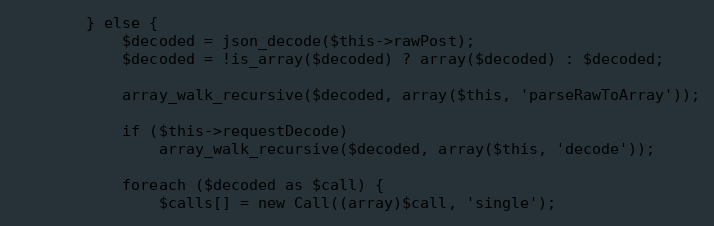
Language: PHP
        } else {
            $decoded = json_decode($this->rawPost);
            $decoded = !is_array($decoded) ? array($decoded) : $decoded;

            array_walk_recursive($decoded, array($this, 'parseRawToArray'));

            if ($this->requestDecode)
                array_walk_recursive($decoded, array($this, 'decode'));

            foreach ($decoded as $call) {
                $calls[] = new Call((array)$call, 'single');